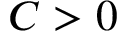
C > 0